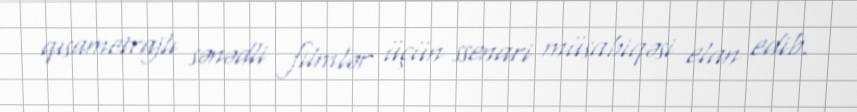
qısametrajlı sənədli filmlər üçün ssenari müsabiqəsi elan edib.